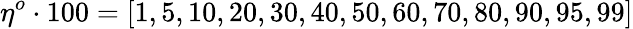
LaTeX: \eta^{o}\cdot 100=[1,5,10,20,30,40,50,60,70,80,90,95,99]